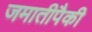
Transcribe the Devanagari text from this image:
जमातीपैकी